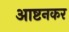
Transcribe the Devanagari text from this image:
आष्टनकर